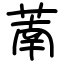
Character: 萳